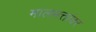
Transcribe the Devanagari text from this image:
मालमत्तांवर